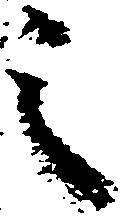
之